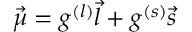
{ \vec { \mu } } = g ^ { ( l ) } { \vec { l } } + g ^ { ( s ) } { \vec { s } }